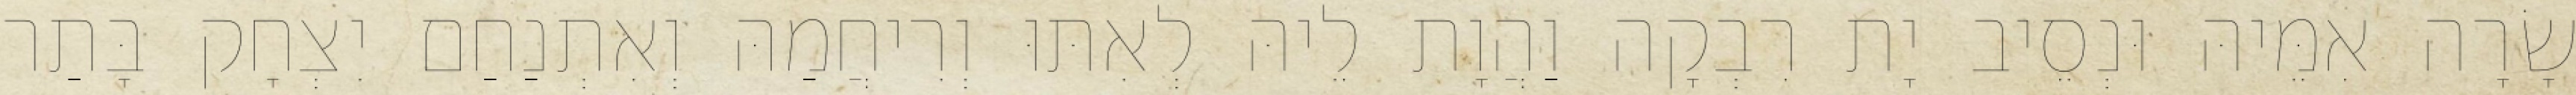
שָׂרָה אִמֵּיהּ וּנְסֵיב יָת רִבְקָה וַהֲוָת לֵיהּ לְאִתּוּ וְרִיחֲמַהּ וְאִתְנַחַם יִצְחָק בָּתַר